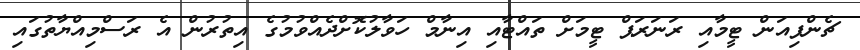
ޗެންޕިއަން ޓީމާއި ރަނަރަޕް ޓީމަށް ތައްޓާއި އިނާމް ހަވާލުކޮށްދެއްވުމުގެ އިތުރުން އެ ރަސްމިއްޔާތުގައި